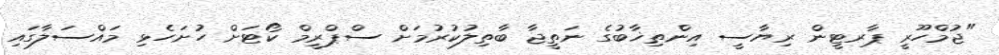
"ޖުމްހޫރީ ޕާރޓީން ރިޔާސީ އިންތިޚާބުގެ ނަތީޖާ ބާތިލުކުރުމަށް ސްޕްރީމް ކޯޓަށް ހުށަހެޅި މައްސަލާގައި